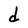
Character: d